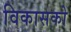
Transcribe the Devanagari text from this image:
विकासको